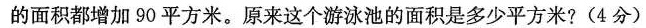
的面积都增加90平方米。原来这个游泳池的面积是多少平方米?(4分)